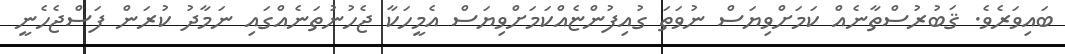
ބައިވަރެވެ. ޤަބުރުސްތާނެއް ކަމަށްވިޔަސް ނުވަތަ ގުއިފުންޏެއްކަމަށްވިޔަސް އެމީހަކާ ޖެހުނުތަނެއްގައި ނަމާދު ކުރަން ފަސްޖެހެނީ